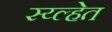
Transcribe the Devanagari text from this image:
स्य्ल्हेत